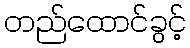
တည်ထောင်ခွင့်